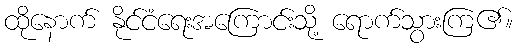
ထိုနောက် နိုင်ငံရေးအကြောင်းသို့ ရောက်သွားကြ၏။